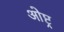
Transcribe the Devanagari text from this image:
ओष्ट्र